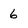
Character: 6